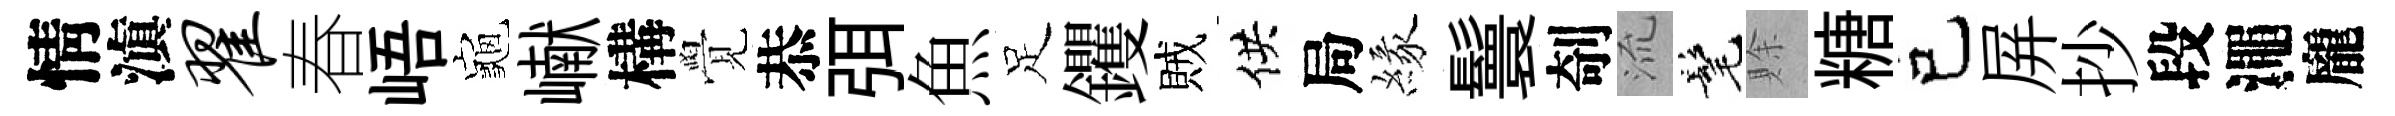
情滇翟春峿龜𪩘構覺恭弭魚足钁賊供局緣鬟剞𣴑髦賖糖己屏抄段澠龐